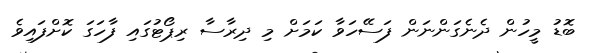
ބޮޑު މީހުން ދެނެގަންނަން ފަސޭހަވާ ކަމަށް މި ދިރާސާ ރިޕޯޓުގައި ފާހަގަ ކޮށްފައިވެ